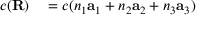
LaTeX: \begin{array} { r l } { c ( \mathbf { R } ) } & { { } = c ( n _ { 1 } \mathbf { a } _ { 1 } + n _ { 2 } \mathbf { a } _ { 2 } + n _ { 3 } \mathbf { a } _ { 3 } ) } \end{array}